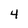
Character: 4